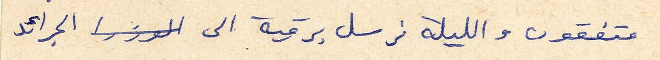
متفقون والليلة نرسل برقية الى الجرائد